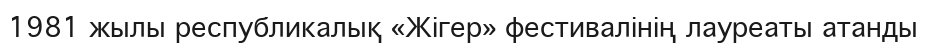
1981 жылы республикалық «Жігер» фестивалінің лауреаты атанды